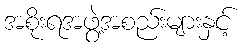
အစိုးရအဖွဲ့အစည်းများနှင့်